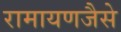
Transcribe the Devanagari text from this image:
रामायणजैसे